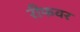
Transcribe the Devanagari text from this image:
रीफवर